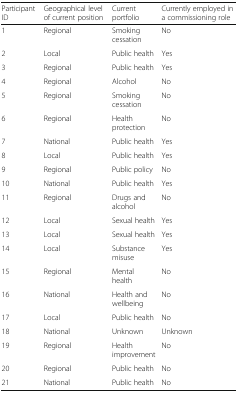
<table><thead><tr><td><b>Participant ID</b></td><td><b>Geographical level of current position</b></td><td><b>Current portfolio</b></td><td><b>Currently employed in a commissioning role</b></td></tr></thead><tbody><tr><td>1</td><td>Regional</td><td>Smoking cessation</td><td>No</td></tr><tr><td>2</td><td>Local</td><td>Public health</td><td>Yes</td></tr><tr><td>3</td><td>Regional</td><td>Public health</td><td>Yes</td></tr><tr><td>4</td><td>Regional</td><td>Alcohol</td><td>No</td></tr><tr><td>5</td><td>Regional</td><td>Smoking cessation</td><td>No</td></tr><tr><td>6</td><td>Regional</td><td>Health protection</td><td>No</td></tr><tr><td>7</td><td>National</td><td>Public health</td><td>Yes</td></tr><tr><td>8</td><td>Local</td><td>Public health</td><td>Yes</td></tr><tr><td>9</td><td>Regional</td><td>Public policy</td><td>No</td></tr><tr><td>10</td><td>National</td><td>Public health</td><td>Yes</td></tr><tr><td>11</td><td>Regional</td><td>Drugs and alcohol</td><td>No</td></tr><tr><td>12</td><td>Local</td><td>Sexual health</td><td>Yes</td></tr><tr><td>13</td><td>Local</td><td>Sexual health</td><td>Yes</td></tr><tr><td>14</td><td>Local</td><td>Substance misuse</td><td>Yes</td></tr><tr><td>15</td><td>Regional</td><td>Mental health</td><td>No</td></tr><tr><td>16</td><td>National</td><td>Health and wellbeing</td><td>No</td></tr><tr><td>17</td><td>Local</td><td>Public health</td><td>No</td></tr><tr><td>18</td><td>National</td><td>Unknown</td><td>Unknown</td></tr><tr><td>19</td><td>Regional</td><td>Health improvement</td><td>No</td></tr><tr><td>20</td><td>Regional</td><td>Public health</td><td>No</td></tr><tr><td>21</td><td>National</td><td>Public health</td><td>No</td></tr></tbody></table>